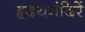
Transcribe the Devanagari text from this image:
हृदयमंदिरें